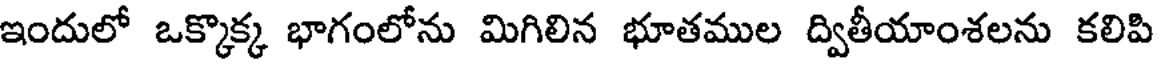
ఇందులో ఒక్కొక్క భాగంలోను మిగిలిన భూతముల ద్వితీయాంశలను కలిపి